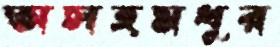
অসহমধুর